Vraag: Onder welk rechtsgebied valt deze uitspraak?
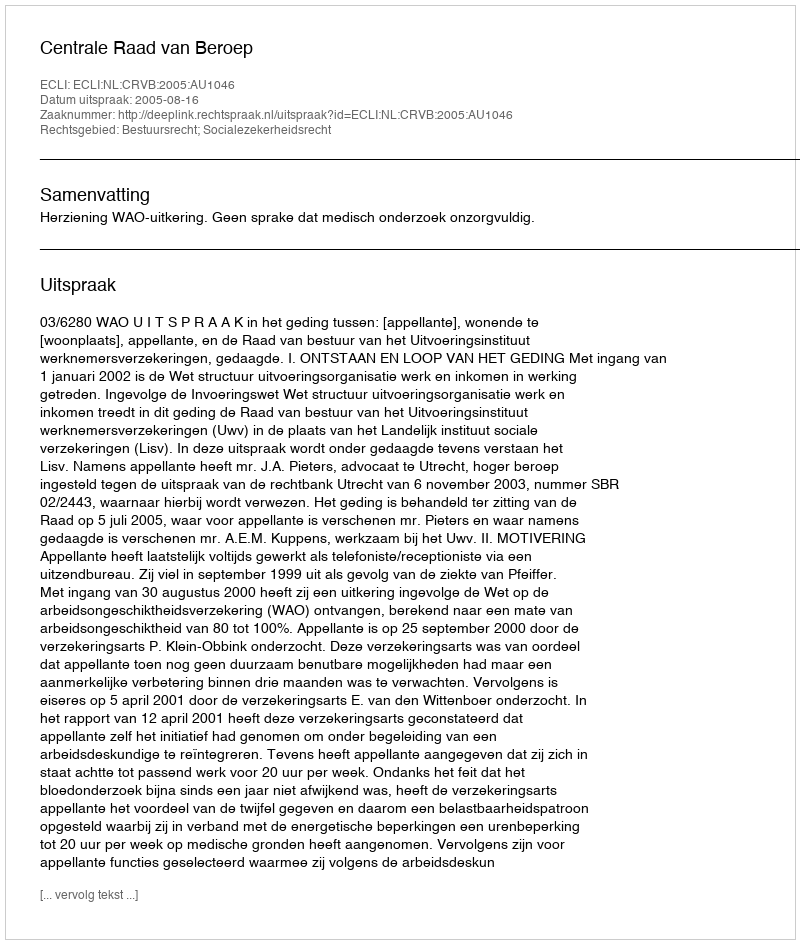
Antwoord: Bestuursrecht; Socialezekerheidsrecht